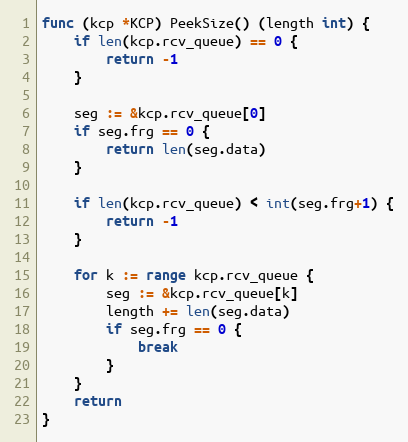
Language: Go
func (kcp *KCP) PeekSize() (length int) {
	if len(kcp.rcv_queue) == 0 {
		return -1
	}

	seg := &kcp.rcv_queue[0]
	if seg.frg == 0 {
		return len(seg.data)
	}

	if len(kcp.rcv_queue) < int(seg.frg+1) {
		return -1
	}

	for k := range kcp.rcv_queue {
		seg := &kcp.rcv_queue[k]
		length += len(seg.data)
		if seg.frg == 0 {
			break
		}
	}
	return
}